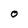
Character: O